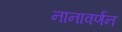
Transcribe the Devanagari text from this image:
नानावर्णन